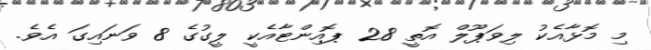
މި މޮޅާއެކު ލިވަޕޫލް އޮތީ 28 ޕޮއިންޓާއެކީ ލީގުގެ 8 ވަނައިގަ އެވެ.